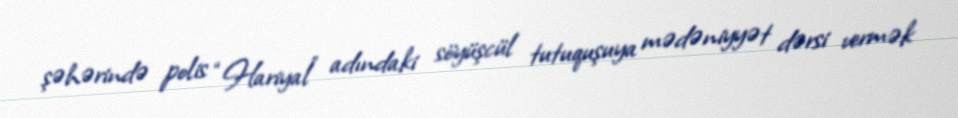
şəhərində polis “Hariyal” adındaki söyüşcül tutuquşuya mədəniyyət dərsi vermək